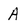
Character: A